Report on vaccination in the Province of Bengal - 1874-1889
Year: 1874
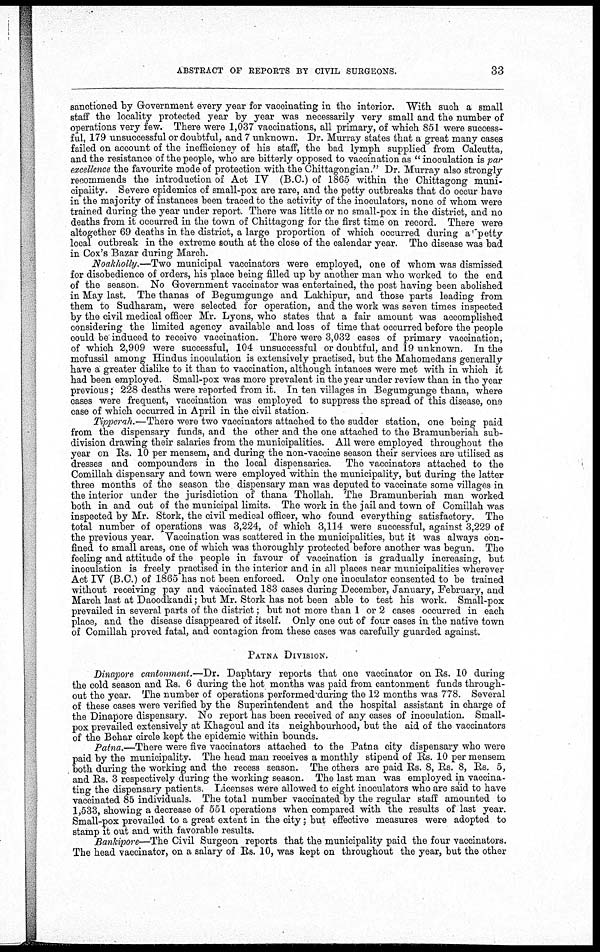
ABSTRACT OF REPORTS BY CIVIL SURGEONS.
33
sanctioned by Government every year for vaccinating in the interior. With such a small
staff the locality protected year by year was necessarily very small and the number of
operations very few. There were 1,037 vaccinations, all primary, of which 851 were success-
ful, 179 unsuccessful or doubtful, and 7 unknown. Dr. Murray states that a great many cases
failed on account of the inefficiency of his staff, the bad lymph supplied from Calcutta,
and the resistance of the people, who are bitterly opposed to vaccination as " inoculation is par
excellence the favourite mode of protection with the Chittagongian." Dr. Murray also strongly
recommends the introduction of Act IV (B.C.) of 1865 within the Chittagong muni-
cipality. Severe epidemics of small-pox are rare, and the petty outbreaks that do occur have
in the majority of instances been traced to the activity of the inoculators, none of whom were
trained during the year under report. There was little or no small-pox in the district, and no
deaths from it occurred in the town of Chittagong for the first time on record. There were
altogether 69 deaths in the district, a large proportion of which occurred during a petty
local outbreak in the extreme south at the close of the calendar year. The disease was bad
in Cox's Bazar during March.
Noakholly.—Two municipal vaccinators were employed, one of whom was dismissed
for disobedience of orders, his place being filled up by another man who worked to the end
of the season. No Government vaccinator was entertained, the post having been abolished
in May last. The thanas of Begumgunge and Lakhipur, and those parts leading from
them to Sudharam, were selected for operation, and the work was seven times inspected
by the civil medical officer Mr. Lyons, who states that a fair amount was accomplished
considering the limited agency available and loss of time that occurred before the people
could be induced to receive vaccination. There were 3,032 cases of primary vaccination,
of which 2,909 were successful, 104 unsuccessful or doubtful, and 19 unknown. In the
mofussil among Hindus inoculation is extensively practised, but the Mahomedans generally
have a greater dislike to it than to vaccination, although intances were met with in which it
had been employed. Small-pox was more prevalent in the year under review than in the year
previous; 228 deaths were reported from it. In ten villages in Begumgunge thana, where
cases were frequent, vaccination was employed to suppress the spread of this disease, one
case of which occurred in April in the civil station.
Tipperah.—There were two vaccinators attached to the sudder station, one being paid
from the dispensary funds, and the other and the one attached to the Bramunberiah sub-
division drawing their salaries from the municipalities. All were employed throughout the
year on Rs. 10 per mensem, and during the non-vaccine season their services are utilised as
dresses and compounders in the local dispensaries. The vaccinators attached to the
Comillah dispensary and town were employed within the municipality, but during the latter
three months of the season the dispensary man was deputed to vaccinate some villages in
the interior under the jurisdiction of thana Thollah. The Bramunberiah man worked
both in and out of the municipal limits. The work in the jail and town of Comillah was
inspected by Mr. Stork, the civil medical officer, who found everything satisfactory. The
total number of operations was 3,224, of which 3,114 were successful, against 3,229 of
the previous year. Vaccination was scattered in the municipalities, but it was always con-
fined to small areas, one of which was thoroughly protected before another was begun. The
feeling and attitude of the people in favour of vaccination is gradually increasing, but
inoculation is freely practised in the interior and in all places near municipalities wherever
Act IV (B.C.) of 1865 has not been enforced. Only one inoculator consented to be trained
without receiving pay and vaccinated 183 cases during December, January, February, and
March last at Daoodkandi; but Mr. Stork has not been able to test his work. Small-pox
prevailed in several parts of the district; but not more than 1 or 2 cases occurred in each
place, and the disease disappeared of itself. Only one out of four cases in the native town
of Comillah proved fatal, and contagion from these cases was carefully guarded against.
PATNA DIVISION.
Dinapore cantonment.—Dr. Daphtary reports that one vaccinator on Rs. 10 during
the cold season and Rs. 6 during the hot months was paid from cantonment funds through-
out the year. The number of operations performed during the 12 months was 778. Several
of these cases were verified by the Superintendent and the hospital assistant in charge of
the Dinapore dispensary. No report has been received of any cases of inoculation. Small-
pox prevailed extensively at Khagoul and its neighbourhood, but the aid of the vaccinators
of the Behar circle kept the epidemic within bounds.
Patna.—There were five vaccinators attached to the Patna city dispensary who were
paid by the municipality. The head man receives a monthly stipend of Rs. 10 per mensem
both during the working and the recess season. The others are paid Rs. 8, Rs. 8, Rs. 5,
and Rs. 3 respectively during the working season. The last man was employed in vaccina-
ting the dispensary patients. Licenses were allowed to eight inoculators who are said to have
vaccinated 85 individuals. The total number vaccinated by the regular staff amounted to
1,533, showing a decrease of 551 operations when compared with the results of last year.
Small-pox prevailed to a great extent in the city; but effective measures were adopted to
stamp it out and with favorable results.
Bankipore—The Civil Surgeon reports that the municipality paid the four vaccinators.
The head vaccinator, on a salary of Rs. 10, was kept on throughout the year, but the other